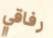
رفاقي